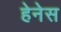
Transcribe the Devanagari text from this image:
हेनेस